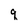
Character: q